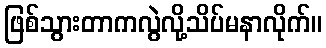
ဖြစ်သွားတာကလွဲလို့သိပ်မနာလိုက်။